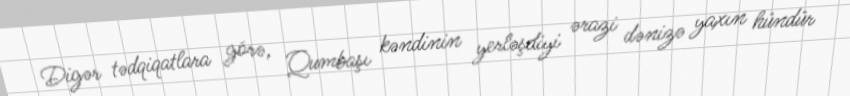
Digər tədqiqatlara görə, Qumbaşı kəndinin yerləşdiyi ərazi dənizə yaxın hündür